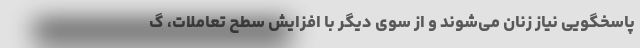
پاسخگویی نیاز زنان می‌شوند و از سوی دیگر با افزایش سطح تعاملات، گ